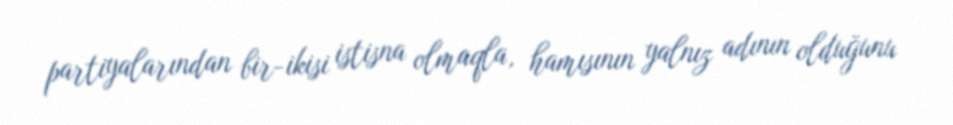
partiyalarından bir-ikisi istisna olmaqla, hamısının yalnız adının olduğunu